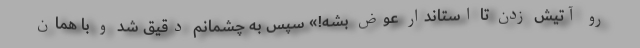
رو آتیش زدن تا استاندار عوض بشه!» سپس به چشمانم دقیق شد و با همان